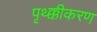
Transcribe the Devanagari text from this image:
पृथ्क्कीकरण